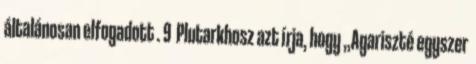
általánosan elfogadott . 9 Plutarkhosz azt írja, hogy „Agariszté egyszer